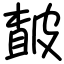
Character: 皶